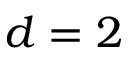
d = 2